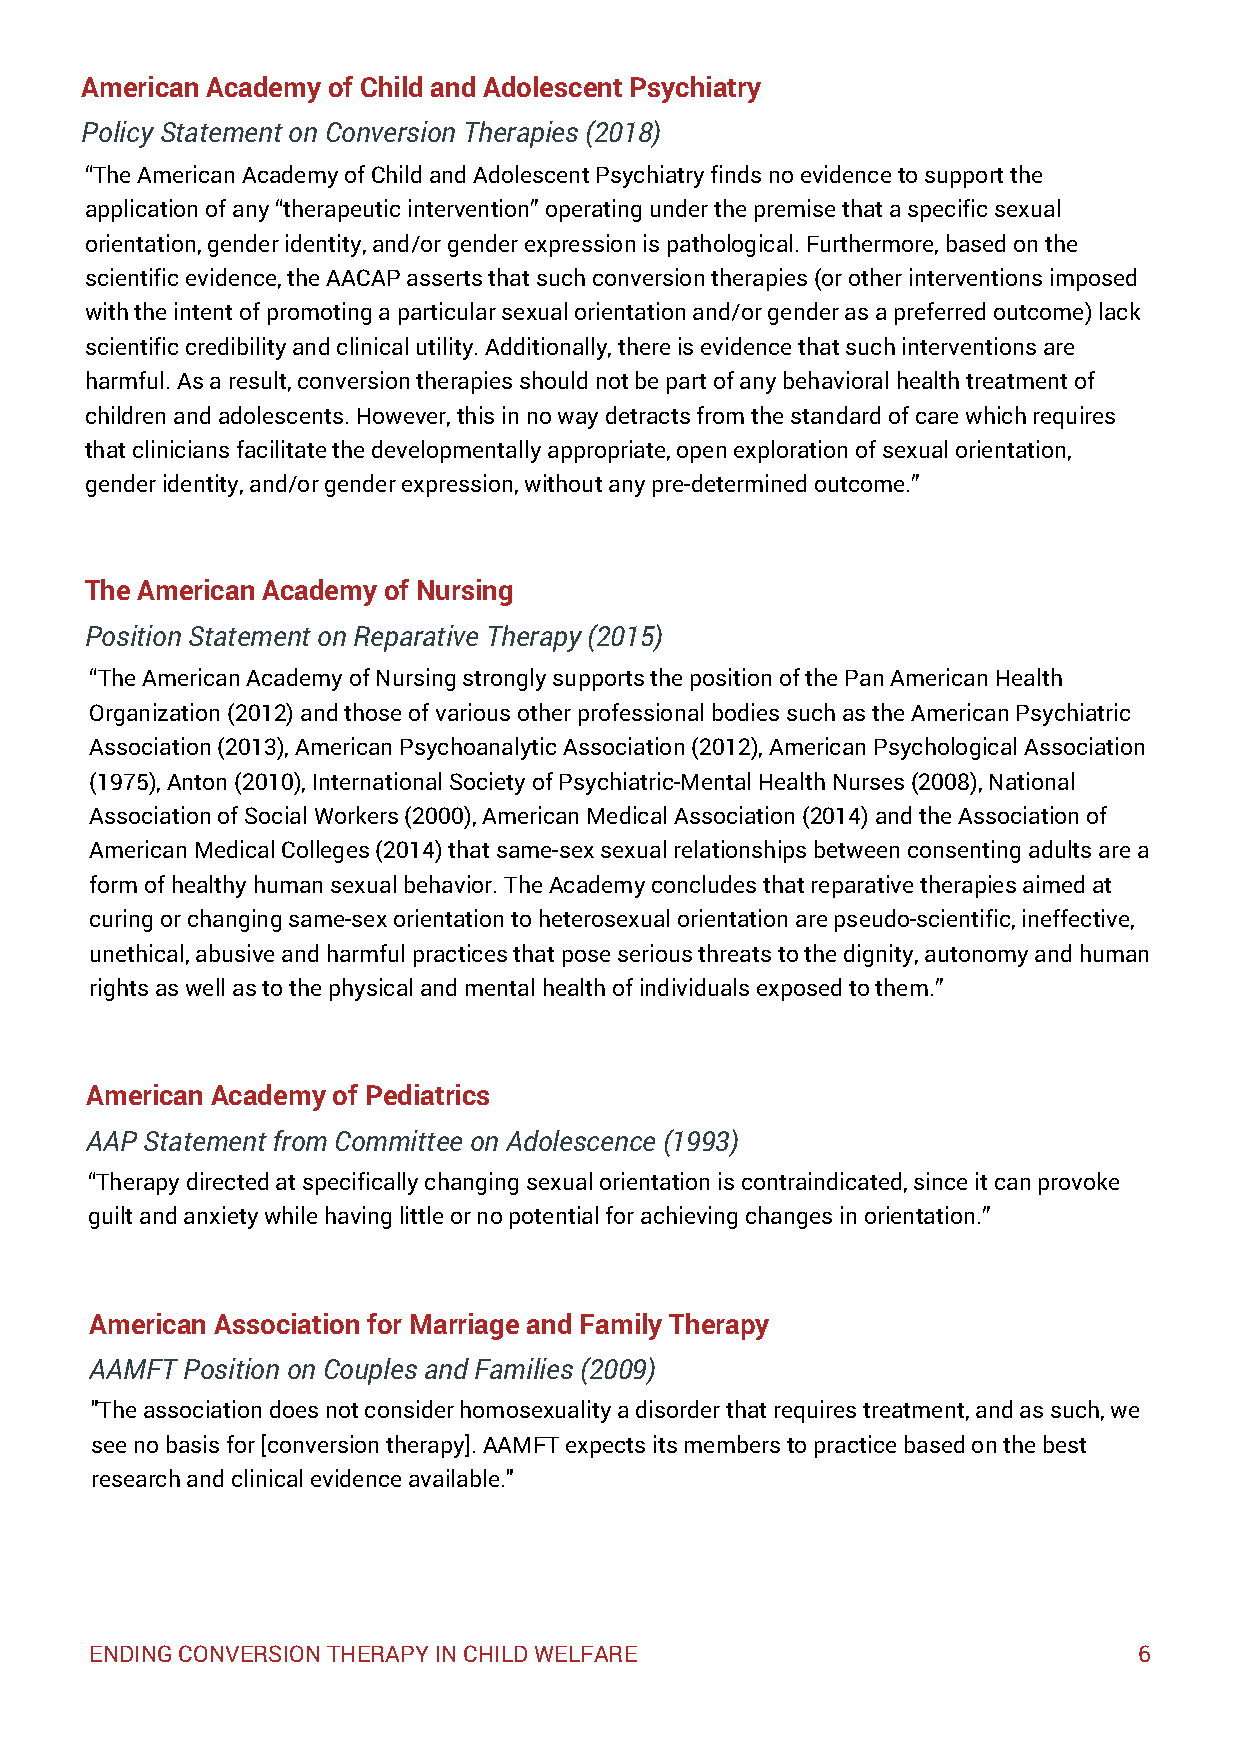
American Academy of Child and Adolescent Psychiatry
 Policy Statement on Conversion Therapies (2018)
 “The American Academy of Child and Adolescent Psychiatry finds no evidence to support the
 application of any “therapeutic intervention” operating under the premise that a specific sexual
 orientation, gender identity, and/or gender expression is pathological. Furthermore, based on the
 scientific evidence, the AACAP asserts that such conversion therapies (or other interventions imposed
 with the intent of promoting a particular sexual orientation and/or gender as a preferred outcome) lack
 scientific credibility and clinical utility. Additionally, there is evidence that such interventions are
 harmful. As a result, conversion therapies should not be part of any behavioral health treatment of
 children and adolescents. However, this in no way detracts from the standard of care which requires
 that clinicians facilitate the developmentally appropriate, open exploration of sexual orientation,
 gender identity, and/or gender expression, without any pre-determined outcome.”
 The American Academy of Nursing
 Position Statement on Reparative Therapy (2015)
 “The American Academy of Nursing strongly supports the position of the Pan American Health
 Organization (2012) and those of various other professional bodies such as the American Psychiatric
 Association (2013), American Psychoanalytic Association (2012), American Psychological Association
 (1975), Anton (2010), International Society of Psychiatric-Mental Health Nurses (2008), National
 Association of Social Workers (2000), American Medical Association (2014) and the Association of
 American Medical Colleges (2014) that same-sex sexual relationships between consenting adults are a
 form of healthy human sexual behavior. The Academy concludes that reparative therapies aimed at
 curing or changing same-sex orientation to heterosexual orientation are pseudo-scientific, ineffective,
 unethical, abusive and harmful practices that pose serious threats to the dignity, autonomy and human
 rights as well as to the physical and mental health of individuals exposed to them.”
 American Academy of Pediatrics
 AAP Statement from Committee on Adolescence (1993)
 “Therapy directed at specifically changing sexual orientation is contraindicated, since it can provoke
 guilt and anxiety while having little or no potential for achieving changes in orientation.”
 American Association for Marriage and Family Therapy
 AAMFT Position on Couples and Families (2009)
 "The association does not consider homosexuality a disorder that requires treatment, and as such, we
 see no basis for [conversion therapy]. AAMFT expects its members to practice based on the best
 research and clinical evidence available."
 ENDING CONVERSION THERAPY IN CHILD WELFARE                           6